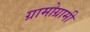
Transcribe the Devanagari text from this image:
ग्रामोग्रामी